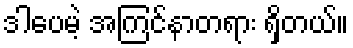
ဒါပေမဲ့ အကြင်နာတရား ရှိတယ်။